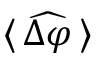
\langle \, \widehat { \Delta \varphi } \, \rangle